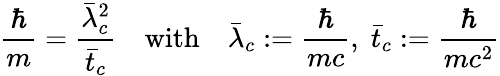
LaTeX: \frac{\hbar}{m}=\frac{\bar{\lambda}_{c}^{2}}{\bar{t}_{c}}\quad\textrm{with}\quad\bar{\lambda}_{c}:=\frac{\hbar}{mc},\; \bar{t}_{c}:=\frac{\hbar}{mc^{2}}